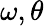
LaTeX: \omega,\theta